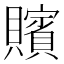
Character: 𮚪